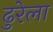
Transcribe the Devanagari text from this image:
ढुरेला